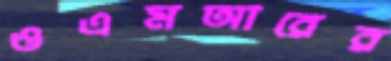
ওএমআরের